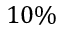
1 0 \%